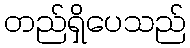
တည်ရှိပေသည်